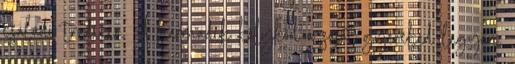
családi tradíció. A harmadik kölyköd a saját gyereked legyen.